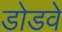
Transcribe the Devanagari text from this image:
डोडवे